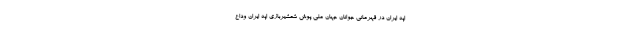
اپه ایران در قهرمانی جوانان جهان ملی پوش شمشیربازی اپه ایران وداع